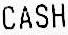
CASH